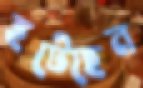
হটেছেন